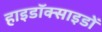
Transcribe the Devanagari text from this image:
हाइडॉक्साइडों